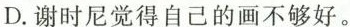
D.谢时尼觉得自己的画不够好。